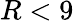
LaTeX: R<9